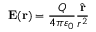
\mathbf { E } ( \mathbf { r } ) = { \frac { Q } { 4 \pi \varepsilon _ { 0 } } } { \frac { \hat { \mathbf { r } } } { r ^ { 2 } } }